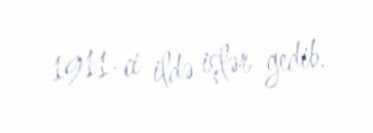
1911-ci ildə işlər gedib.